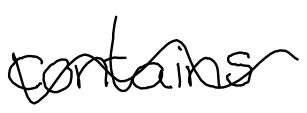
Text: contains
Cross-out: wave
Writing tool: digital_black